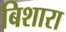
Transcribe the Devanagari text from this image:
बिशारा